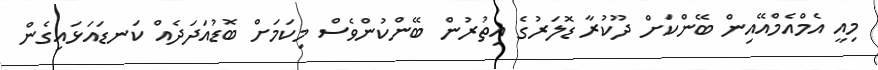
މިއީ އެމްއެމްއޭއިން ބޭންކަށް ދޫކުރާ ޑޮލަރުގެ އިތުރުން ބޭންކުންވެސް މިކަމަށް ބޮޑުއަދަދެއް ކަނޑައަޅައިގެން